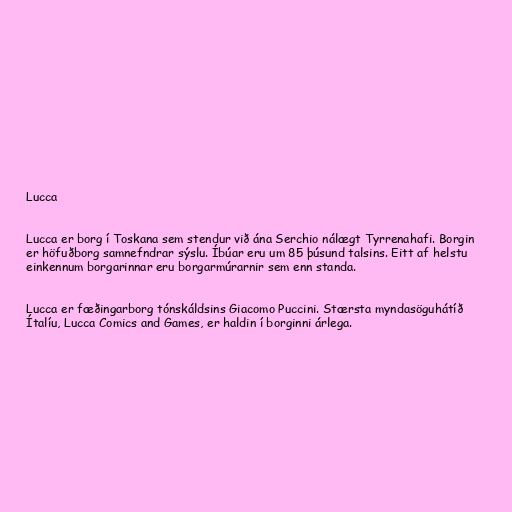
Lucca

Lucca er borg í Toskana sem stendur við ána Serchio nálægt Tyrrenahafi. Borgin
er höfuðborg samnefndrar sýslu. Íbúar eru um 85 þúsund talsins. Eitt af helstu
einkennum borgarinnar eru borgarmúrarnir sem enn standa.

Lucca er fæðingarborg tónskáldsins Giacomo Puccini. Stærsta myndasöguhátíð
Ítalíu, Lucca Comics and Games, er haldin í borginni árlega.